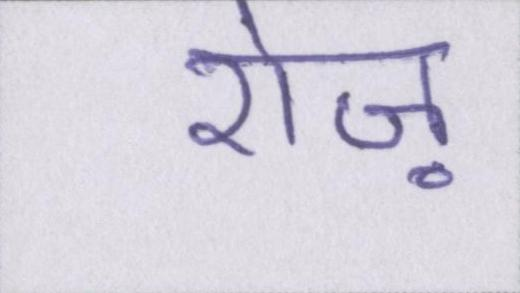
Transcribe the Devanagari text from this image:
रोज़